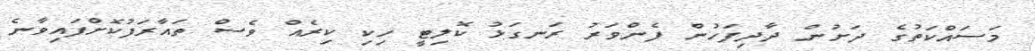
މަސައްކަތުގެ ދަށުން ދާދިފަހުން ފެންވަރު ރަނގަޅު ކޮލިޓީ ހިކި ކިރެއް ވެސް ތައާރަފުކޮށްފައިވާނެ